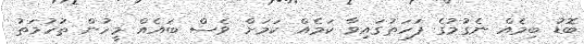
ބޮޑު ބިމެއް ނެގުމުގެ ފަހަތުގައިވާ ކަމެއް ކަމަށް ވެސް ބައެއް މީހުން ތުހުމަތު